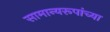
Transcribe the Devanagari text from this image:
सामान्यरूपांच्या